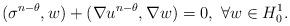
LaTeX: \begin{align*}(\sigma^{n-\theta},w)+(\nabla u^{n-\theta},\nabla w)=0,~\forall w\in H_0^1.\end{align*}